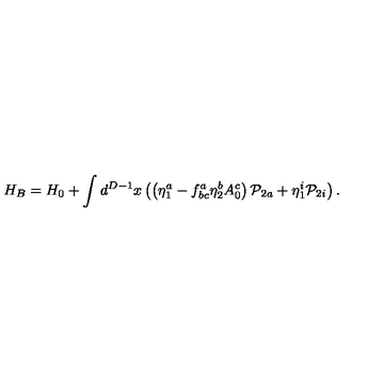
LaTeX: H _ { B } = H _ { 0 } + \int d ^ { D - 1 } x \left( \left( \eta _ { 1 } ^ { a } - f _ { b c } ^ { a } \eta _ { 2 } ^ { b } A _ { 0 } ^ { c } \right) { \cal P } _ { 2 a } + \eta _ { 1 } ^ { i } { \cal P } _ { 2 i } \right) .